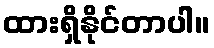
ထားရှိနိုင်တာပါ။